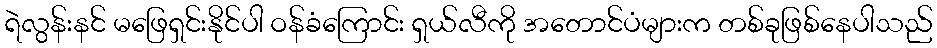
ရဲလွန်းနင် မဖြေရှင်းနိုင်ပါ ဝန်ခံကြောင်း ရှယ်လီကို အတောင်ပံများက တစ်ခုဖြစ်နေပါသည်